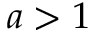
a > 1